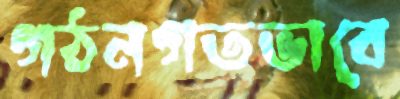
গঠনগতভাবে